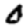
Digit: 0